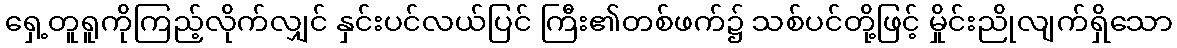
ရှေ့တူရူကိုကြည့်လိုက်လျှင် နှင်းပင်လယ်ပြင် ကြီး၏တစ်ဖက်၌ သစ်ပင်တို့ဖြင့် မှိုင်းညိုလျက်ရှိသော